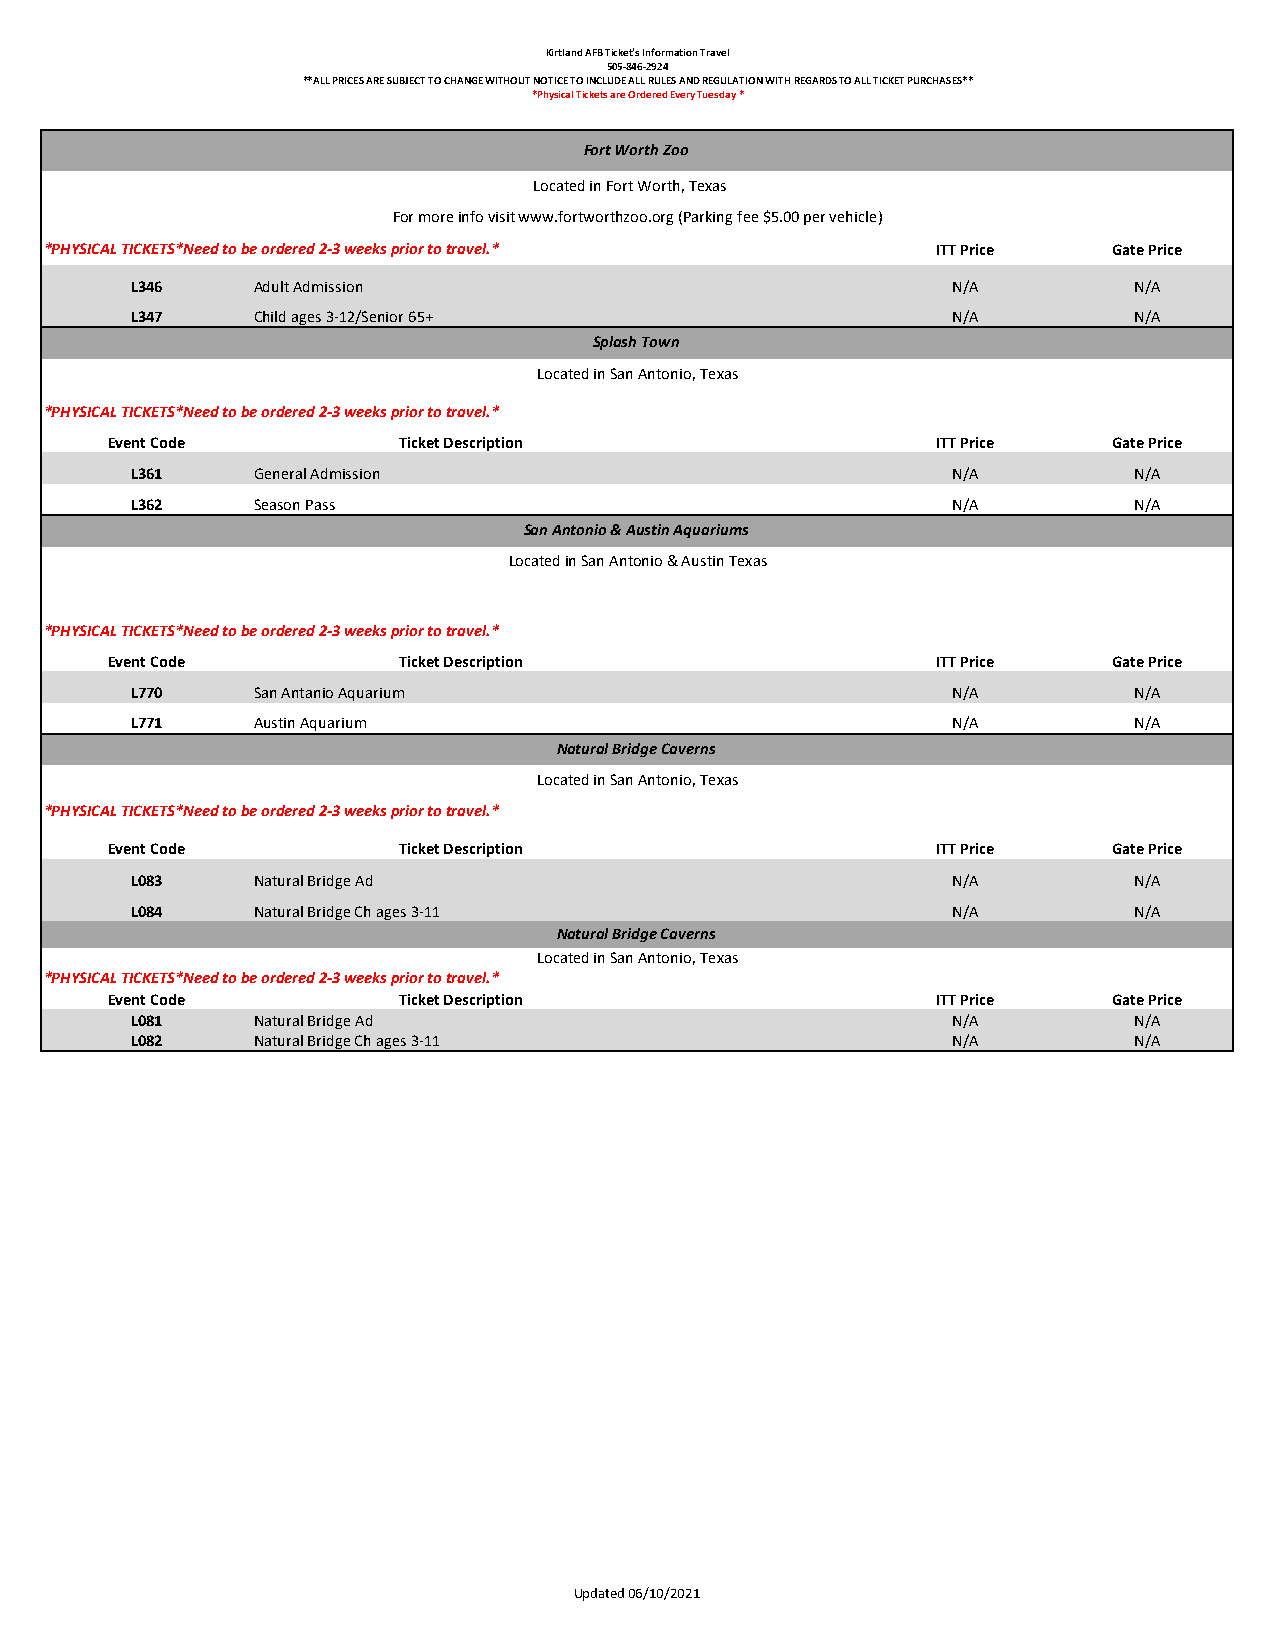
Kirtland AFB Ticket's Information Travel
 505-846-2924
 **ALL PRICES ARE SUBJECT TO CHANGE WITHOUT NOTICE TO INCLUDE ALL RULES AND REGULATION WITH REGARDS TO ALL TICKET PURCHASES**
 *Physical Tickets are Ordered Every Tuesday *
 Fort Worth Zoo
 Located in Fort Worth, Texas
 For more info visit www.fortworthzoo.org (Parking fee $5.00 per vehicle)
 *PHYSICAL TICKETS*Need to be ordered 2-3 weeks prior to travel.* ITT Price Gate Price
 L346    Adult Admission                               N/A         N/A
 L347    Child ages 3-12/Senior 65+                    N/A         N/A
 Splash Town
 Located in San Antonio, Texas
 *PHYSICAL TICKETS*Need to be ordered 2-3 weeks prior to travel.*
 Event Code         Ticket Description                 ITT Price   Gate Price
 L361    General Admission                             N/A         N/A
 L362    Season Pass                                   N/A         N/A
 San Antonio & Austin Aquariums
 Located in San Antonio & Austin Texas
 *PHYSICAL TICKETS*Need to be ordered 2-3 weeks prior to travel.*
 Event Code         Ticket Description                 ITT Price   Gate Price
 L770    San Antanio Aquarium                          N/A         N/A
 L771    Austin Aquarium                               N/A         N/A
 Natural Bridge Caverns
 Located in San Antonio, Texas
 *PHYSICAL TICKETS*Need to be ordered 2-3 weeks prior to travel.*
 Event Code         Ticket Description                 ITT Price   Gate Price
 L083    Natural Bridge Ad                             N/A         N/A
 L084    Natural Bridge Ch ages 3-11                   N/A         N/A
 Natural Bridge Caverns
 Located in San Antonio, Texas
 *PHYSICAL TICKETS*Need to be ordered 2-3 weeks prior to travel.*
 Event Code         Ticket Description                 ITT Price   Gate Price
 L081    Natural Bridge Ad                             N/A         N/A
 L082    Natural Bridge Ch ages 3-11                   N/A         N/A
 Updated 06/10/2021